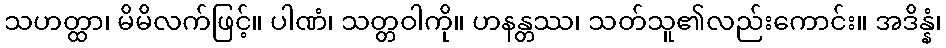
သဟတ္ထာ၊ မိမိလက်ဖြင့်။ ပါဏံ၊ သတ္တဝါကို။ ဟနန္တဿ၊ သတ်သူ၏လည်းကောင်း။ အဒိန္နံ၊